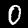
Digit: 0